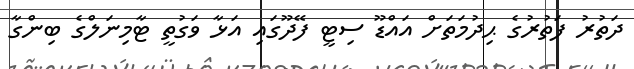
ދަތުރު ފަތުރުގެ ޙިދުމަތަށް އައްޑޫ ސިޓީ ފޭދޫގައި އަޅާ ވަގުތީ ޓާމިނަލްގެ ބިންގާ